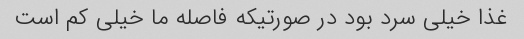
غذا خیلی سرد بود در صورتیکه فاصله ما خیلی کم است